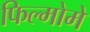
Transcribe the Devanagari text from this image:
फिल्मोमे